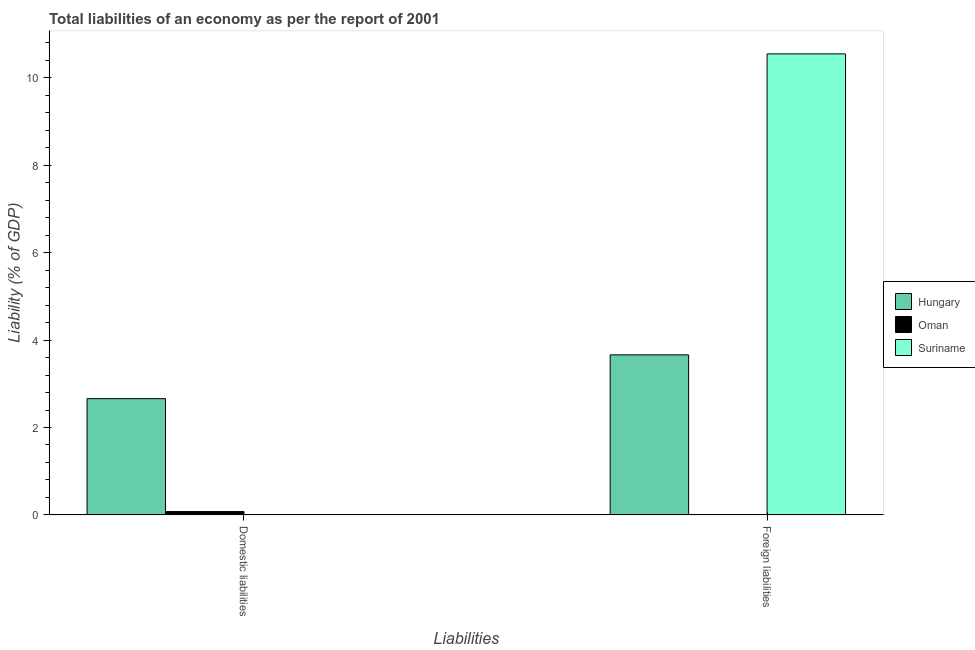
| Liabilities | Hungary | Oman | Suriname |
 | --- | --- | --- | --- |
 | Domestic liabilities | 2.66 | 0.0775 | -8.53 |
 | Foreign liabilities | 3.66 | -0.94 | 10.5 |